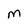
Character: e